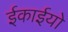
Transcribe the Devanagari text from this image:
ईकाईयो